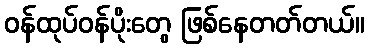
ဝန်ထုပ်ဝန်ပိုးတွေ ဖြစ်နေတတ်တယ်။